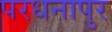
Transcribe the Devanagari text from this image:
परधनापुर